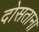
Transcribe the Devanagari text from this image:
दोसताना